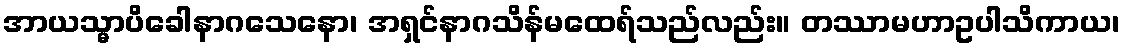
အာယသ္မာပိခေါနာဂသေနော၊ အရှင်နာဂသိန်မထေရ်သည်လည်း။ တဿာမဟာဥပါသိကာယ၊